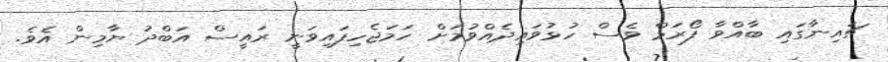
ޗައިނާގައި ބާއްވާ ފޯރަމް ވެސް ހުޅުވައިދެއްވުމަށް ހަމަޖެހިފައިވަނީ ރައީސް އަބްދު ޔާމިން އެވެ.